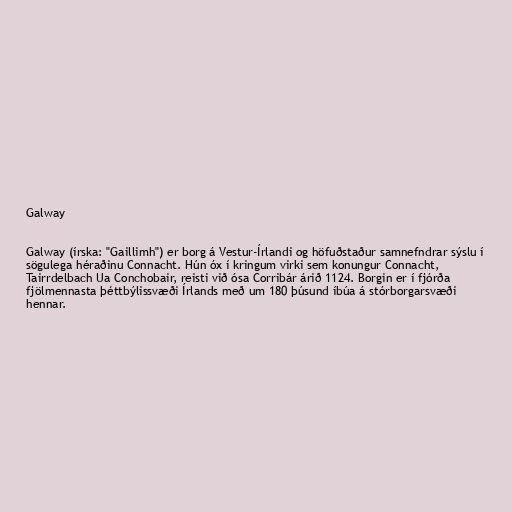
Galway

Galway (írska: "Gaillimh") er borg á Vestur-Írlandi og höfuðstaður samnefndrar sýslu í
sögulega héraðinu Connacht. Hún óx í kringum virki sem konungur Connacht,
Tairrdelbach Ua Conchobair, reisti við ósa Corribár árið 1124. Borgin er í fjórða
fjölmennasta þéttbýlissvæði Írlands með um 180 þúsund íbúa á stórborgarsvæði
hennar.